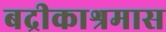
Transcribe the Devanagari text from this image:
बद्रीकाश्रमास